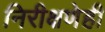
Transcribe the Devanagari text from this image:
निरीक्षणेही